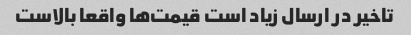
تاخیر در ارسال زیاد است قیمت‌ها واقعا بالاست